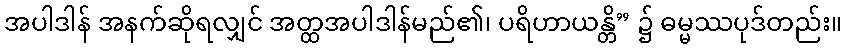
အပါဒါန် အနက်ဆိုရလျှင် အတ္ထအပါဒါန်မည်၏၊ ပရိဟာယန္တိ” ၌ ဓမ္မဿပုဒ်တည်း။